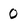
Character: 0